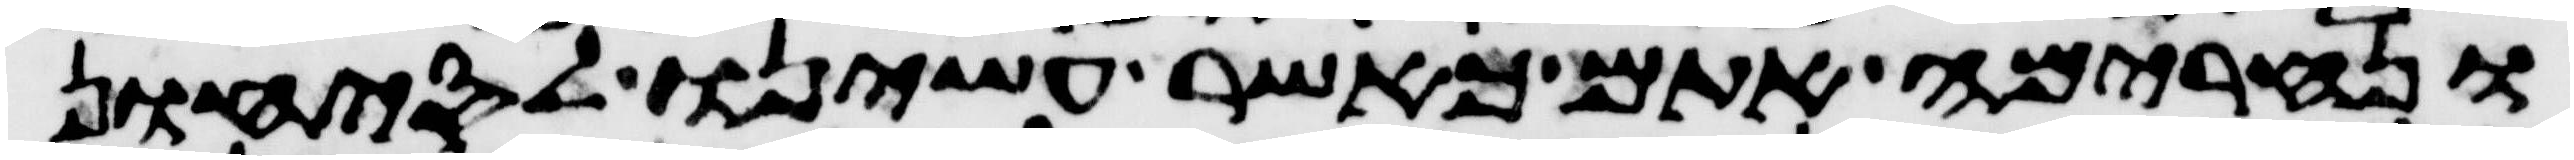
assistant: ונחרימה אתם כאשר עשינו לסיחון